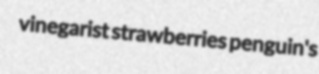
vinegarist strawberries penguin's